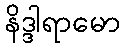
နိဒ္ဒါရာမော